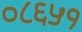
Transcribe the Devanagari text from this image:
०८६५१